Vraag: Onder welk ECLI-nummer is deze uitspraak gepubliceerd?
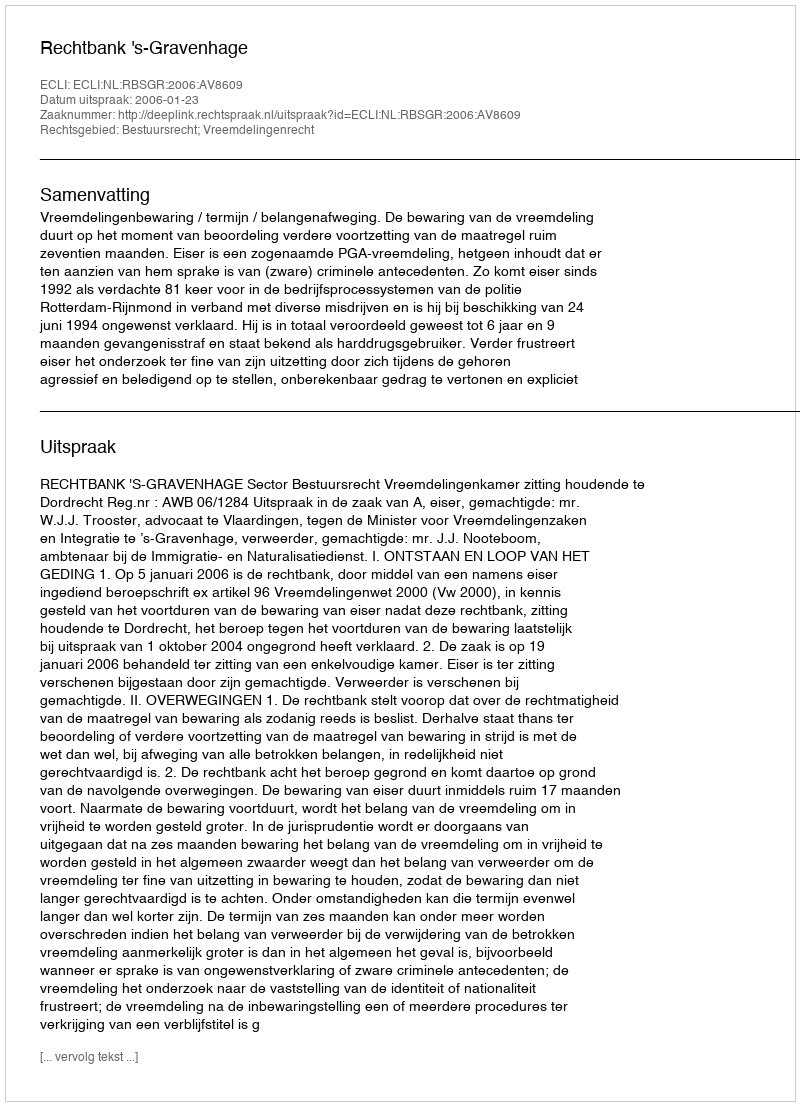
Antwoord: ECLI:NL:RBSGR:2006:AV8609